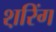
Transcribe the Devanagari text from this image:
श़रिंग